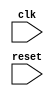
module ahb_bus_controller(
    input wire clk,
    input wire reset,
    // other inputs and outputs
    
    // timing control module
    // synchronization module
    // AHB bus transaction timing control module
    
    // other modules and logic
    
    );

// Verilog code for the timing control and synchronization blocks

// clock generation module

// synchronization of data signals module

// timing requirements control module

endmodule